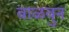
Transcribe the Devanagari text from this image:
वाळवुन